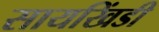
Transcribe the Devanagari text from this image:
सायखिंडी